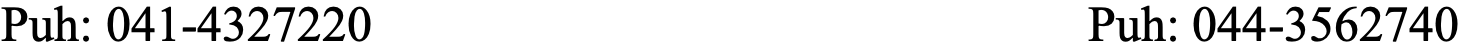
Puh: 041-4327220                    Puh: 044-3562740